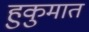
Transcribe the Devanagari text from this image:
हुकुमात